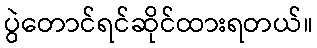
ပွဲတောင်ရင်ဆိုင်ထားရတယ်။